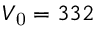
V _ { \mathrm { 0 } } = 3 3 2